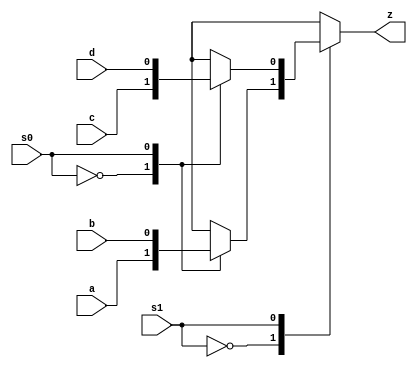
`timescale 1ns / 1ps

module multiplexer(input a,b,c,d,s0,s1, output z
    );
function mux_2_1;
input a,b,s;
case(s)
1'b0:mux_2_1=a;
1'b1:mux_2_1=b;
endcase
endfunction
wire m0,m1;
assign m0=mux_2_1(a,b,s0);
assign m1=mux_2_1(c,d,s0);
assign z=mux_2_1(m0,m1,s1);

endmodule